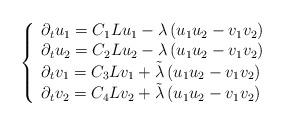
LaTeX: \begin{align*}\left\{\begin{array}{l}\partial_t u_1 = C_1L u_1 - \lambda\left(u_1u_{2} - v_1v_{2}\right) \\\partial_t u_2 = C_2L u_2 - \lambda\left(u_1u_{2} - v_1v_{2}\right) \\\partial_t v_1 = C_3L v_1 +\tilde{\lambda}\left(u_1u_{2} - v_1v_{2}\right)\\\partial_t v_2 = C_4L v_2 + \tilde{\lambda}\left(u_1u_{2} - v_1v_{2}\right)\\\end{array}\right.\end{align*}